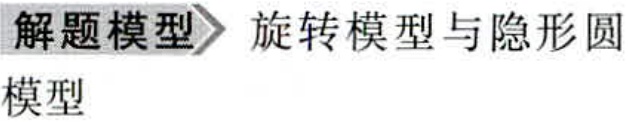
解题模型 旋转模型与隐形圆模型